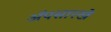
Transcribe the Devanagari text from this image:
ॲपसारखे